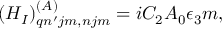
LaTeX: ( H _ { I } ) _ { q n ^ { \prime } j m , n j m } ^ { ( A ) } = i C _ { 2 } A _ { 0 } \epsilon _ { 3 } m ,